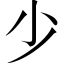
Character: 少